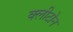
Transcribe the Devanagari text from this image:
क्‍लीटोन